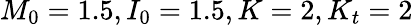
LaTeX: M_{0}=1.5,I_{0}=1.5,K=2,K_{t}=2